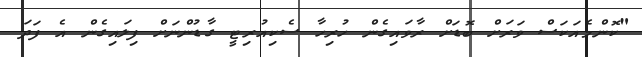
"ކޮންމެއަކަސް ވަރަށް ބޮޑަށް ރާވައިގެން ހުރިހާ ސެކިއުރިޓީ ގާޑުންނަށް ފިލައިގެން އެ ފަދަ